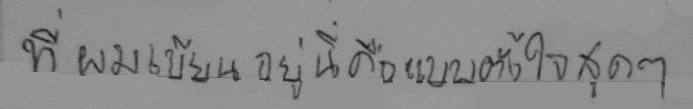
ที่ผมเขียนอยู่นี่คือแบบตั้งใจสุดๆ